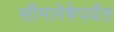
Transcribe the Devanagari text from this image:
सीमारेषेपर्यंत